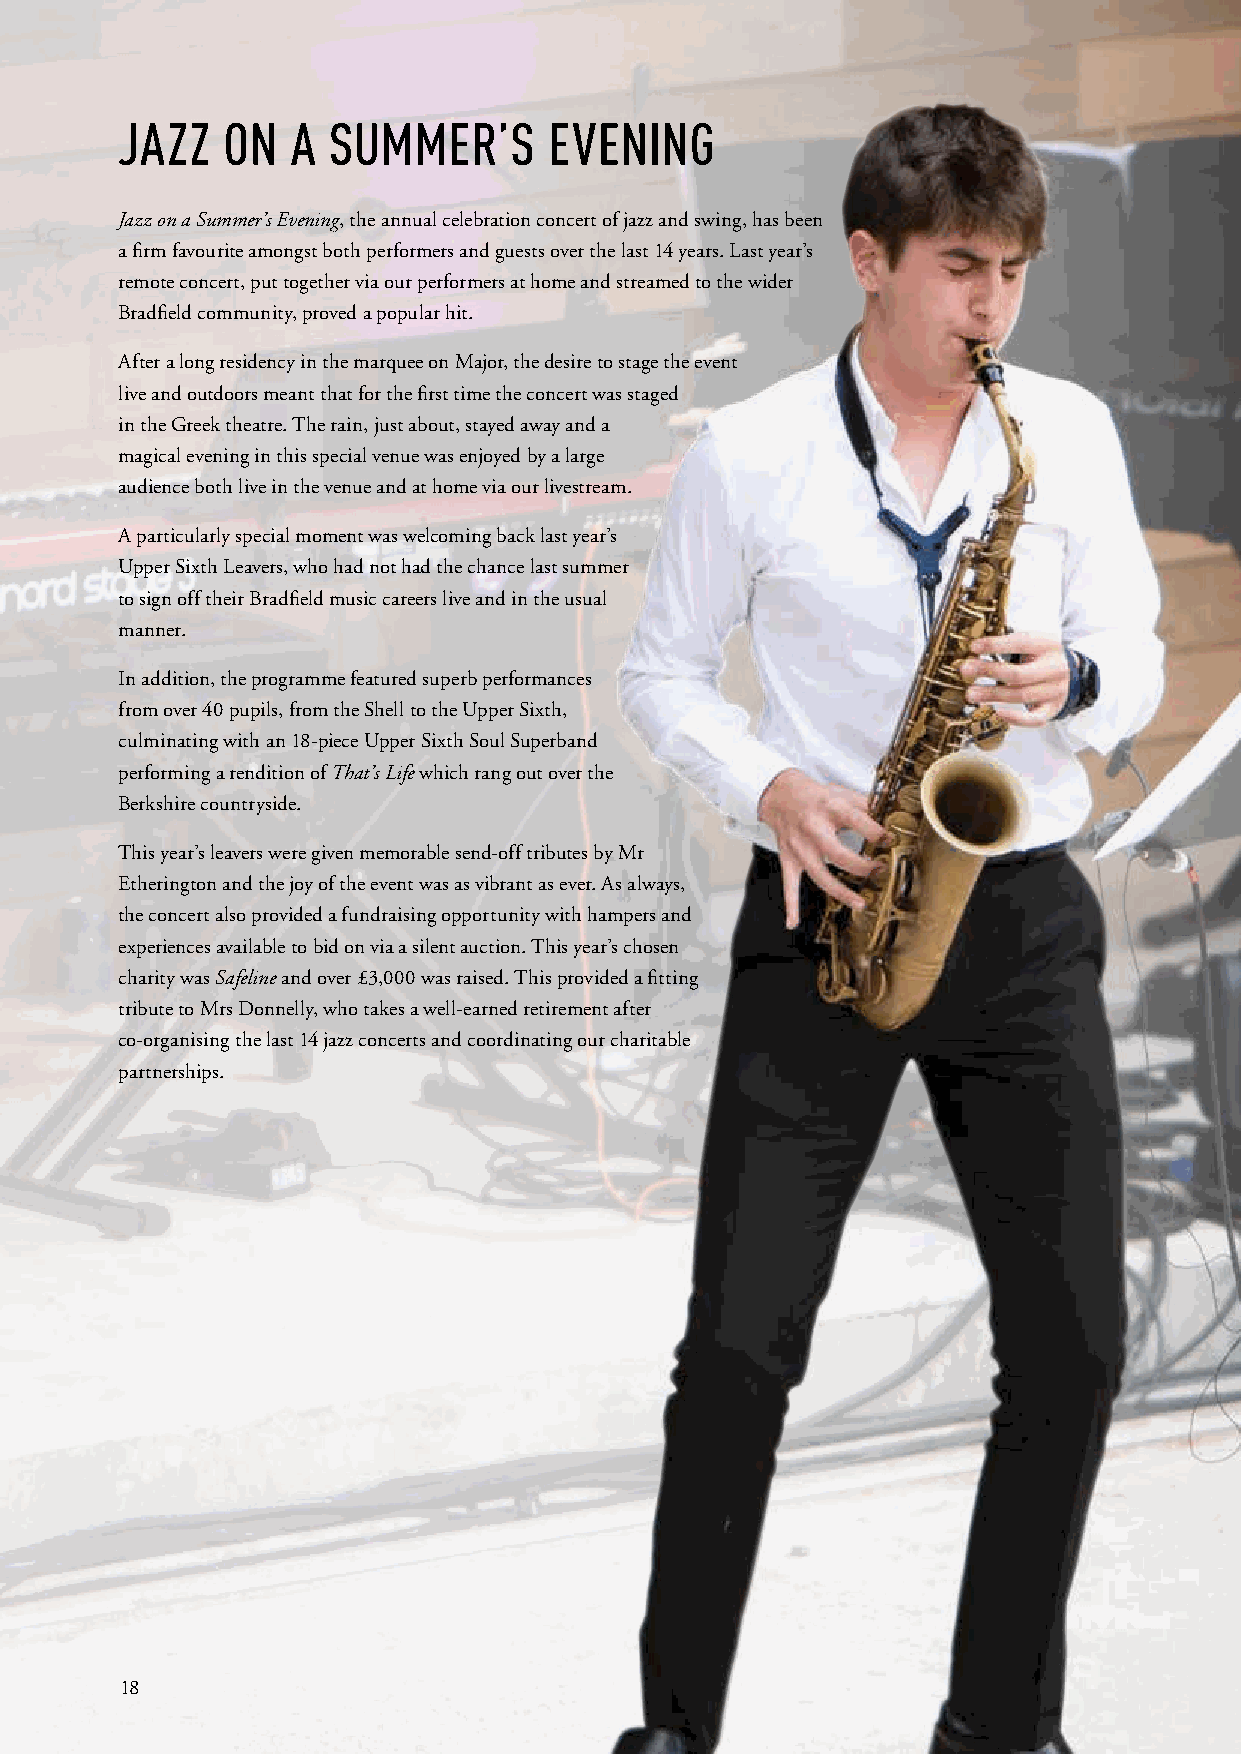
JAZZ   ON  A  SUMMER’S      EVENING
 Jazz on a Summer’s Evening, the annual celebration concert of jazz and swing, has been
 a firm favourite amongst both performers and guests over the last 14 years. Last year’s
 remote concert, put together via our performers at home and streamed to the wider
 Bradfield community, proved a popular hit.
 After a long residency in the marquee on Major, the desire to stage the event
 live and outdoors meant that for the first time the concert was staged
 in the Greek theatre. The rain, just about, stayed away and a
 magical evening in this special venue was enjoyed by a large
 audience both live in the venue and at home via our livestream.
 A particularly special moment was welcoming back last year’s
 Upper Sixth Leavers, who had not had the chance last summer
 to sign off their Bradfield music careers live and in the usual
 manner.
 In addition, the programme featured superb performances
 from over 40 pupils, from the Shell to the Upper Sixth,
 culminating with an 18-piece Upper Sixth Soul Superband
 performing a rendition of That’s Life which rang out over the
 Berkshire countryside.
 This year’s leavers were given memorable send-off tributes by Mr
 Etherington and the joy of the event was as vibrant as ever. As always,
 the concert also provided a fundraising opportunity with hampers and
 experiences available to bid on via a silent auction. This year’s chosen
 charity was Safeline and over £3,000 was raised. This provided a fitting
 tribute to Mrs Donnelly, who takes a well-earned retirement after
 co-organising the last 14 jazz concerts and coordinating our charitable
 partnerships.
 18